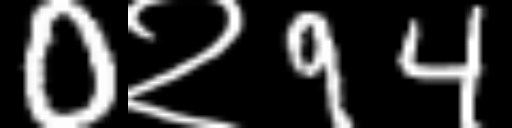
Text: 0२94